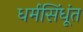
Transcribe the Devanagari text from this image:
धर्मसिंधूंत